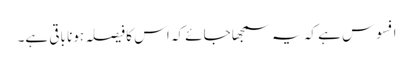
افسوس ہے کہ یہ سمجھا جائے کہ اس کا فیصلہ ہونا باقی ہے۔